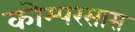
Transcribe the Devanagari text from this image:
कोम्परसास